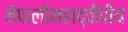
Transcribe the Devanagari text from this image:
नेपालीमहाद्वीपीय